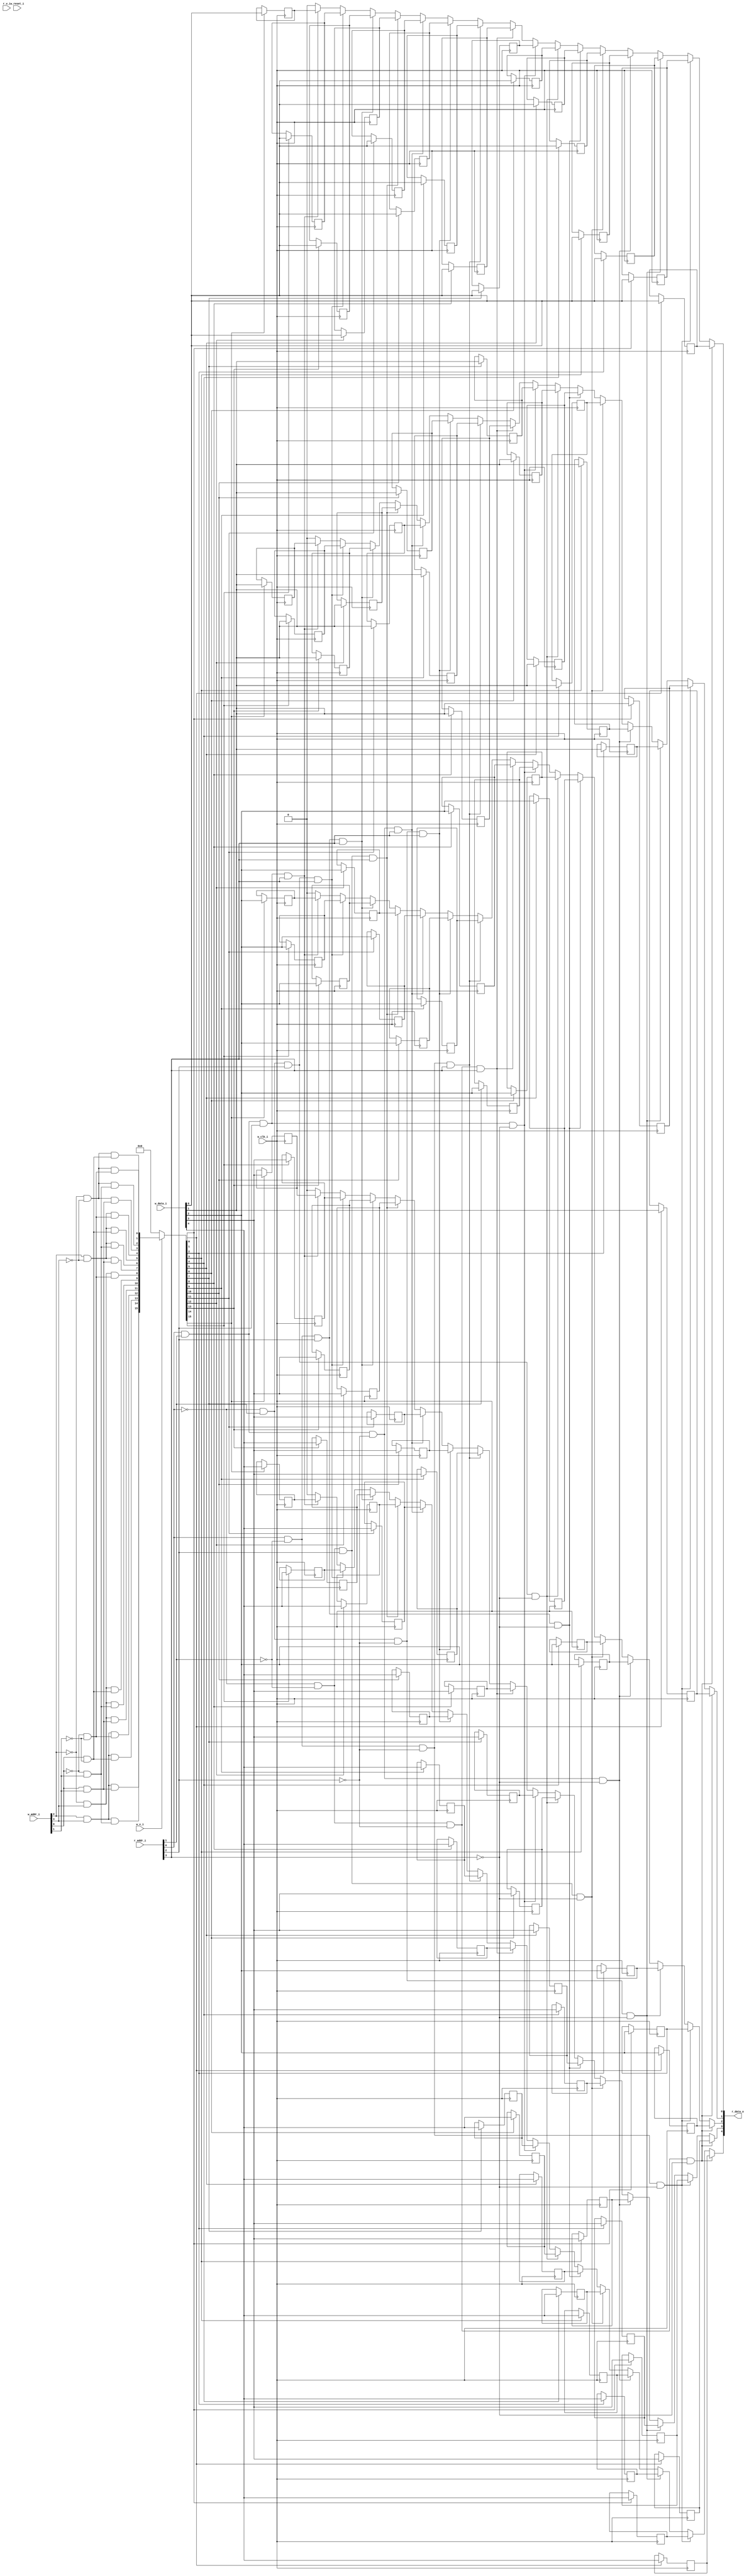
module bsg_mem_1r1w_synth_width_p5_els_p16_read_write_same_addr_p0_harden_p0
(
  w_clk_i,
  w_reset_i,
  w_v_i,
  w_addr_i,
  w_data_i,
  r_v_i,
  r_addr_i,
  r_data_o
);

  input [3:0] w_addr_i;
  input [4:0] w_data_i;
  input [3:0] r_addr_i;
  output [4:0] r_data_o;
  input w_clk_i;
  input w_reset_i;
  input w_v_i;
  input r_v_i;
  wire [4:0] r_data_o;
  wire N0,N1,N2,N3,N4,N5,N6,N7,N8,N9,N10,N11,N12,N13,N14,N15,N16,N17,N18,N19,N20,N21,
  N22,N23,N24,N25,N26,N27,N28,N29,N30,N31,N32,N33,N34,N35,N36,N37,N38,N39,N40,N41,
  N42,N43,N44,N45,N46,N47,N48,N49,N50,N51,N52,N53,N54,N55,N56,N57,N58,N59,N60,N61,
  N62,N63,N64,N65,N66,N67,N68,N69,N70,N71,N72,N73,N74,N75,N76,N77,N78,N79,N80,N81,
  N82;
  wire [79:0] mem;
  reg mem_79_sv2v_reg,mem_78_sv2v_reg,mem_77_sv2v_reg,mem_76_sv2v_reg,mem_75_sv2v_reg,
  mem_74_sv2v_reg,mem_73_sv2v_reg,mem_72_sv2v_reg,mem_71_sv2v_reg,mem_70_sv2v_reg,
  mem_69_sv2v_reg,mem_68_sv2v_reg,mem_67_sv2v_reg,mem_66_sv2v_reg,mem_65_sv2v_reg,
  mem_64_sv2v_reg,mem_63_sv2v_reg,mem_62_sv2v_reg,mem_61_sv2v_reg,mem_60_sv2v_reg,
  mem_59_sv2v_reg,mem_58_sv2v_reg,mem_57_sv2v_reg,mem_56_sv2v_reg,mem_55_sv2v_reg,
  mem_54_sv2v_reg,mem_53_sv2v_reg,mem_52_sv2v_reg,mem_51_sv2v_reg,mem_50_sv2v_reg,
  mem_49_sv2v_reg,mem_48_sv2v_reg,mem_47_sv2v_reg,mem_46_sv2v_reg,mem_45_sv2v_reg,
  mem_44_sv2v_reg,mem_43_sv2v_reg,mem_42_sv2v_reg,mem_41_sv2v_reg,mem_40_sv2v_reg,
  mem_39_sv2v_reg,mem_38_sv2v_reg,mem_37_sv2v_reg,mem_36_sv2v_reg,mem_35_sv2v_reg,
  mem_34_sv2v_reg,mem_33_sv2v_reg,mem_32_sv2v_reg,mem_31_sv2v_reg,mem_30_sv2v_reg,
  mem_29_sv2v_reg,mem_28_sv2v_reg,mem_27_sv2v_reg,mem_26_sv2v_reg,mem_25_sv2v_reg,
  mem_24_sv2v_reg,mem_23_sv2v_reg,mem_22_sv2v_reg,mem_21_sv2v_reg,mem_20_sv2v_reg,
  mem_19_sv2v_reg,mem_18_sv2v_reg,mem_17_sv2v_reg,mem_16_sv2v_reg,mem_15_sv2v_reg,
  mem_14_sv2v_reg,mem_13_sv2v_reg,mem_12_sv2v_reg,mem_11_sv2v_reg,mem_10_sv2v_reg,
  mem_9_sv2v_reg,mem_8_sv2v_reg,mem_7_sv2v_reg,mem_6_sv2v_reg,mem_5_sv2v_reg,
  mem_4_sv2v_reg,mem_3_sv2v_reg,mem_2_sv2v_reg,mem_1_sv2v_reg,mem_0_sv2v_reg;
  assign mem[79] = mem_79_sv2v_reg;
  assign mem[78] = mem_78_sv2v_reg;
  assign mem[77] = mem_77_sv2v_reg;
  assign mem[76] = mem_76_sv2v_reg;
  assign mem[75] = mem_75_sv2v_reg;
  assign mem[74] = mem_74_sv2v_reg;
  assign mem[73] = mem_73_sv2v_reg;
  assign mem[72] = mem_72_sv2v_reg;
  assign mem[71] = mem_71_sv2v_reg;
  assign mem[70] = mem_70_sv2v_reg;
  assign mem[69] = mem_69_sv2v_reg;
  assign mem[68] = mem_68_sv2v_reg;
  assign mem[67] = mem_67_sv2v_reg;
  assign mem[66] = mem_66_sv2v_reg;
  assign mem[65] = mem_65_sv2v_reg;
  assign mem[64] = mem_64_sv2v_reg;
  assign mem[63] = mem_63_sv2v_reg;
  assign mem[62] = mem_62_sv2v_reg;
  assign mem[61] = mem_61_sv2v_reg;
  assign mem[60] = mem_60_sv2v_reg;
  assign mem[59] = mem_59_sv2v_reg;
  assign mem[58] = mem_58_sv2v_reg;
  assign mem[57] = mem_57_sv2v_reg;
  assign mem[56] = mem_56_sv2v_reg;
  assign mem[55] = mem_55_sv2v_reg;
  assign mem[54] = mem_54_sv2v_reg;
  assign mem[53] = mem_53_sv2v_reg;
  assign mem[52] = mem_52_sv2v_reg;
  assign mem[51] = mem_51_sv2v_reg;
  assign mem[50] = mem_50_sv2v_reg;
  assign mem[49] = mem_49_sv2v_reg;
  assign mem[48] = mem_48_sv2v_reg;
  assign mem[47] = mem_47_sv2v_reg;
  assign mem[46] = mem_46_sv2v_reg;
  assign mem[45] = mem_45_sv2v_reg;
  assign mem[44] = mem_44_sv2v_reg;
  assign mem[43] = mem_43_sv2v_reg;
  assign mem[42] = mem_42_sv2v_reg;
  assign mem[41] = mem_41_sv2v_reg;
  assign mem[40] = mem_40_sv2v_reg;
  assign mem[39] = mem_39_sv2v_reg;
  assign mem[38] = mem_38_sv2v_reg;
  assign mem[37] = mem_37_sv2v_reg;
  assign mem[36] = mem_36_sv2v_reg;
  assign mem[35] = mem_35_sv2v_reg;
  assign mem[34] = mem_34_sv2v_reg;
  assign mem[33] = mem_33_sv2v_reg;
  assign mem[32] = mem_32_sv2v_reg;
  assign mem[31] = mem_31_sv2v_reg;
  assign mem[30] = mem_30_sv2v_reg;
  assign mem[29] = mem_29_sv2v_reg;
  assign mem[28] = mem_28_sv2v_reg;
  assign mem[27] = mem_27_sv2v_reg;
  assign mem[26] = mem_26_sv2v_reg;
  assign mem[25] = mem_25_sv2v_reg;
  assign mem[24] = mem_24_sv2v_reg;
  assign mem[23] = mem_23_sv2v_reg;
  assign mem[22] = mem_22_sv2v_reg;
  assign mem[21] = mem_21_sv2v_reg;
  assign mem[20] = mem_20_sv2v_reg;
  assign mem[19] = mem_19_sv2v_reg;
  assign mem[18] = mem_18_sv2v_reg;
  assign mem[17] = mem_17_sv2v_reg;
  assign mem[16] = mem_16_sv2v_reg;
  assign mem[15] = mem_15_sv2v_reg;
  assign mem[14] = mem_14_sv2v_reg;
  assign mem[13] = mem_13_sv2v_reg;
  assign mem[12] = mem_12_sv2v_reg;
  assign mem[11] = mem_11_sv2v_reg;
  assign mem[10] = mem_10_sv2v_reg;
  assign mem[9] = mem_9_sv2v_reg;
  assign mem[8] = mem_8_sv2v_reg;
  assign mem[7] = mem_7_sv2v_reg;
  assign mem[6] = mem_6_sv2v_reg;
  assign mem[5] = mem_5_sv2v_reg;
  assign mem[4] = mem_4_sv2v_reg;
  assign mem[3] = mem_3_sv2v_reg;
  assign mem[2] = mem_2_sv2v_reg;
  assign mem[1] = mem_1_sv2v_reg;
  assign mem[0] = mem_0_sv2v_reg;
  assign r_data_o[4] = (N26)? mem[4] : 
                       (N28)? mem[9] : 
                       (N30)? mem[14] : 
                       (N32)? mem[19] : 
                       (N34)? mem[24] : 
                       (N36)? mem[29] : 
                       (N38)? mem[34] : 
                       (N40)? mem[39] : 
                       (N27)? mem[44] : 
                       (N29)? mem[49] : 
                       (N31)? mem[54] : 
                       (N33)? mem[59] : 
                       (N35)? mem[64] : 
                       (N37)? mem[69] : 
                       (N39)? mem[74] : 
                       (N41)? mem[79] : 1'b0;
  assign r_data_o[3] = (N26)? mem[3] : 
                       (N28)? mem[8] : 
                       (N30)? mem[13] : 
                       (N32)? mem[18] : 
                       (N34)? mem[23] : 
                       (N36)? mem[28] : 
                       (N38)? mem[33] : 
                       (N40)? mem[38] : 
                       (N27)? mem[43] : 
                       (N29)? mem[48] : 
                       (N31)? mem[53] : 
                       (N33)? mem[58] : 
                       (N35)? mem[63] : 
                       (N37)? mem[68] : 
                       (N39)? mem[73] : 
                       (N41)? mem[78] : 1'b0;
  assign r_data_o[2] = (N26)? mem[2] : 
                       (N28)? mem[7] : 
                       (N30)? mem[12] : 
                       (N32)? mem[17] : 
                       (N34)? mem[22] : 
                       (N36)? mem[27] : 
                       (N38)? mem[32] : 
                       (N40)? mem[37] : 
                       (N27)? mem[42] : 
                       (N29)? mem[47] : 
                       (N31)? mem[52] : 
                       (N33)? mem[57] : 
                       (N35)? mem[62] : 
                       (N37)? mem[67] : 
                       (N39)? mem[72] : 
                       (N41)? mem[77] : 1'b0;
  assign r_data_o[1] = (N26)? mem[1] : 
                       (N28)? mem[6] : 
                       (N30)? mem[11] : 
                       (N32)? mem[16] : 
                       (N34)? mem[21] : 
                       (N36)? mem[26] : 
                       (N38)? mem[31] : 
                       (N40)? mem[36] : 
                       (N27)? mem[41] : 
                       (N29)? mem[46] : 
                       (N31)? mem[51] : 
                       (N33)? mem[56] : 
                       (N35)? mem[61] : 
                       (N37)? mem[66] : 
                       (N39)? mem[71] : 
                       (N41)? mem[76] : 1'b0;
  assign r_data_o[0] = (N26)? mem[0] : 
                       (N28)? mem[5] : 
                       (N30)? mem[10] : 
                       (N32)? mem[15] : 
                       (N34)? mem[20] : 
                       (N36)? mem[25] : 
                       (N38)? mem[30] : 
                       (N40)? mem[35] : 
                       (N27)? mem[40] : 
                       (N29)? mem[45] : 
                       (N31)? mem[50] : 
                       (N33)? mem[55] : 
                       (N35)? mem[60] : 
                       (N37)? mem[65] : 
                       (N39)? mem[70] : 
                       (N41)? mem[75] : 1'b0;

  always @(posedge w_clk_i) begin
    if(N74) begin
      mem_79_sv2v_reg <= w_data_i[4];
    end 
  end


  always @(posedge w_clk_i) begin
    if(N74) begin
      mem_78_sv2v_reg <= w_data_i[3];
    end 
  end


  always @(posedge w_clk_i) begin
    if(N74) begin
      mem_77_sv2v_reg <= w_data_i[2];
    end 
  end


  always @(posedge w_clk_i) begin
    if(N74) begin
      mem_76_sv2v_reg <= w_data_i[1];
    end 
  end


  always @(posedge w_clk_i) begin
    if(N74) begin
      mem_75_sv2v_reg <= w_data_i[0];
    end 
  end


  always @(posedge w_clk_i) begin
    if(N73) begin
      mem_74_sv2v_reg <= w_data_i[4];
    end 
  end


  always @(posedge w_clk_i) begin
    if(N73) begin
      mem_73_sv2v_reg <= w_data_i[3];
    end 
  end


  always @(posedge w_clk_i) begin
    if(N73) begin
      mem_72_sv2v_reg <= w_data_i[2];
    end 
  end


  always @(posedge w_clk_i) begin
    if(N73) begin
      mem_71_sv2v_reg <= w_data_i[1];
    end 
  end


  always @(posedge w_clk_i) begin
    if(N73) begin
      mem_70_sv2v_reg <= w_data_i[0];
    end 
  end


  always @(posedge w_clk_i) begin
    if(N72) begin
      mem_69_sv2v_reg <= w_data_i[4];
    end 
  end


  always @(posedge w_clk_i) begin
    if(N72) begin
      mem_68_sv2v_reg <= w_data_i[3];
    end 
  end


  always @(posedge w_clk_i) begin
    if(N72) begin
      mem_67_sv2v_reg <= w_data_i[2];
    end 
  end


  always @(posedge w_clk_i) begin
    if(N72) begin
      mem_66_sv2v_reg <= w_data_i[1];
    end 
  end


  always @(posedge w_clk_i) begin
    if(N72) begin
      mem_65_sv2v_reg <= w_data_i[0];
    end 
  end


  always @(posedge w_clk_i) begin
    if(N71) begin
      mem_64_sv2v_reg <= w_data_i[4];
    end 
  end


  always @(posedge w_clk_i) begin
    if(N71) begin
      mem_63_sv2v_reg <= w_data_i[3];
    end 
  end


  always @(posedge w_clk_i) begin
    if(N71) begin
      mem_62_sv2v_reg <= w_data_i[2];
    end 
  end


  always @(posedge w_clk_i) begin
    if(N71) begin
      mem_61_sv2v_reg <= w_data_i[1];
    end 
  end


  always @(posedge w_clk_i) begin
    if(N71) begin
      mem_60_sv2v_reg <= w_data_i[0];
    end 
  end


  always @(posedge w_clk_i) begin
    if(N70) begin
      mem_59_sv2v_reg <= w_data_i[4];
    end 
  end


  always @(posedge w_clk_i) begin
    if(N70) begin
      mem_58_sv2v_reg <= w_data_i[3];
    end 
  end


  always @(posedge w_clk_i) begin
    if(N70) begin
      mem_57_sv2v_reg <= w_data_i[2];
    end 
  end


  always @(posedge w_clk_i) begin
    if(N70) begin
      mem_56_sv2v_reg <= w_data_i[1];
    end 
  end


  always @(posedge w_clk_i) begin
    if(N70) begin
      mem_55_sv2v_reg <= w_data_i[0];
    end 
  end


  always @(posedge w_clk_i) begin
    if(N69) begin
      mem_54_sv2v_reg <= w_data_i[4];
    end 
  end


  always @(posedge w_clk_i) begin
    if(N69) begin
      mem_53_sv2v_reg <= w_data_i[3];
    end 
  end


  always @(posedge w_clk_i) begin
    if(N69) begin
      mem_52_sv2v_reg <= w_data_i[2];
    end 
  end


  always @(posedge w_clk_i) begin
    if(N69) begin
      mem_51_sv2v_reg <= w_data_i[1];
    end 
  end


  always @(posedge w_clk_i) begin
    if(N69) begin
      mem_50_sv2v_reg <= w_data_i[0];
    end 
  end


  always @(posedge w_clk_i) begin
    if(N68) begin
      mem_49_sv2v_reg <= w_data_i[4];
    end 
  end


  always @(posedge w_clk_i) begin
    if(N68) begin
      mem_48_sv2v_reg <= w_data_i[3];
    end 
  end


  always @(posedge w_clk_i) begin
    if(N68) begin
      mem_47_sv2v_reg <= w_data_i[2];
    end 
  end


  always @(posedge w_clk_i) begin
    if(N68) begin
      mem_46_sv2v_reg <= w_data_i[1];
    end 
  end


  always @(posedge w_clk_i) begin
    if(N68) begin
      mem_45_sv2v_reg <= w_data_i[0];
    end 
  end


  always @(posedge w_clk_i) begin
    if(N67) begin
      mem_44_sv2v_reg <= w_data_i[4];
    end 
  end


  always @(posedge w_clk_i) begin
    if(N67) begin
      mem_43_sv2v_reg <= w_data_i[3];
    end 
  end


  always @(posedge w_clk_i) begin
    if(N67) begin
      mem_42_sv2v_reg <= w_data_i[2];
    end 
  end


  always @(posedge w_clk_i) begin
    if(N67) begin
      mem_41_sv2v_reg <= w_data_i[1];
    end 
  end


  always @(posedge w_clk_i) begin
    if(N67) begin
      mem_40_sv2v_reg <= w_data_i[0];
    end 
  end


  always @(posedge w_clk_i) begin
    if(N66) begin
      mem_39_sv2v_reg <= w_data_i[4];
    end 
  end


  always @(posedge w_clk_i) begin
    if(N66) begin
      mem_38_sv2v_reg <= w_data_i[3];
    end 
  end


  always @(posedge w_clk_i) begin
    if(N66) begin
      mem_37_sv2v_reg <= w_data_i[2];
    end 
  end


  always @(posedge w_clk_i) begin
    if(N66) begin
      mem_36_sv2v_reg <= w_data_i[1];
    end 
  end


  always @(posedge w_clk_i) begin
    if(N66) begin
      mem_35_sv2v_reg <= w_data_i[0];
    end 
  end


  always @(posedge w_clk_i) begin
    if(N65) begin
      mem_34_sv2v_reg <= w_data_i[4];
    end 
  end


  always @(posedge w_clk_i) begin
    if(N65) begin
      mem_33_sv2v_reg <= w_data_i[3];
    end 
  end


  always @(posedge w_clk_i) begin
    if(N65) begin
      mem_32_sv2v_reg <= w_data_i[2];
    end 
  end


  always @(posedge w_clk_i) begin
    if(N65) begin
      mem_31_sv2v_reg <= w_data_i[1];
    end 
  end


  always @(posedge w_clk_i) begin
    if(N65) begin
      mem_30_sv2v_reg <= w_data_i[0];
    end 
  end


  always @(posedge w_clk_i) begin
    if(N64) begin
      mem_29_sv2v_reg <= w_data_i[4];
    end 
  end


  always @(posedge w_clk_i) begin
    if(N64) begin
      mem_28_sv2v_reg <= w_data_i[3];
    end 
  end


  always @(posedge w_clk_i) begin
    if(N64) begin
      mem_27_sv2v_reg <= w_data_i[2];
    end 
  end


  always @(posedge w_clk_i) begin
    if(N64) begin
      mem_26_sv2v_reg <= w_data_i[1];
    end 
  end


  always @(posedge w_clk_i) begin
    if(N64) begin
      mem_25_sv2v_reg <= w_data_i[0];
    end 
  end


  always @(posedge w_clk_i) begin
    if(N63) begin
      mem_24_sv2v_reg <= w_data_i[4];
    end 
  end


  always @(posedge w_clk_i) begin
    if(N63) begin
      mem_23_sv2v_reg <= w_data_i[3];
    end 
  end


  always @(posedge w_clk_i) begin
    if(N63) begin
      mem_22_sv2v_reg <= w_data_i[2];
    end 
  end


  always @(posedge w_clk_i) begin
    if(N63) begin
      mem_21_sv2v_reg <= w_data_i[1];
    end 
  end


  always @(posedge w_clk_i) begin
    if(N63) begin
      mem_20_sv2v_reg <= w_data_i[0];
    end 
  end


  always @(posedge w_clk_i) begin
    if(N62) begin
      mem_19_sv2v_reg <= w_data_i[4];
    end 
  end


  always @(posedge w_clk_i) begin
    if(N62) begin
      mem_18_sv2v_reg <= w_data_i[3];
    end 
  end


  always @(posedge w_clk_i) begin
    if(N62) begin
      mem_17_sv2v_reg <= w_data_i[2];
    end 
  end


  always @(posedge w_clk_i) begin
    if(N62) begin
      mem_16_sv2v_reg <= w_data_i[1];
    end 
  end


  always @(posedge w_clk_i) begin
    if(N62) begin
      mem_15_sv2v_reg <= w_data_i[0];
    end 
  end


  always @(posedge w_clk_i) begin
    if(N61) begin
      mem_14_sv2v_reg <= w_data_i[4];
    end 
  end


  always @(posedge w_clk_i) begin
    if(N61) begin
      mem_13_sv2v_reg <= w_data_i[3];
    end 
  end


  always @(posedge w_clk_i) begin
    if(N61) begin
      mem_12_sv2v_reg <= w_data_i[2];
    end 
  end


  always @(posedge w_clk_i) begin
    if(N61) begin
      mem_11_sv2v_reg <= w_data_i[1];
    end 
  end


  always @(posedge w_clk_i) begin
    if(N61) begin
      mem_10_sv2v_reg <= w_data_i[0];
    end 
  end


  always @(posedge w_clk_i) begin
    if(N60) begin
      mem_9_sv2v_reg <= w_data_i[4];
    end 
  end


  always @(posedge w_clk_i) begin
    if(N60) begin
      mem_8_sv2v_reg <= w_data_i[3];
    end 
  end


  always @(posedge w_clk_i) begin
    if(N60) begin
      mem_7_sv2v_reg <= w_data_i[2];
    end 
  end


  always @(posedge w_clk_i) begin
    if(N60) begin
      mem_6_sv2v_reg <= w_data_i[1];
    end 
  end


  always @(posedge w_clk_i) begin
    if(N60) begin
      mem_5_sv2v_reg <= w_data_i[0];
    end 
  end


  always @(posedge w_clk_i) begin
    if(N59) begin
      mem_4_sv2v_reg <= w_data_i[4];
    end 
  end


  always @(posedge w_clk_i) begin
    if(N59) begin
      mem_3_sv2v_reg <= w_data_i[3];
    end 
  end


  always @(posedge w_clk_i) begin
    if(N59) begin
      mem_2_sv2v_reg <= w_data_i[2];
    end 
  end


  always @(posedge w_clk_i) begin
    if(N59) begin
      mem_1_sv2v_reg <= w_data_i[1];
    end 
  end


  always @(posedge w_clk_i) begin
    if(N59) begin
      mem_0_sv2v_reg <= w_data_i[0];
    end 
  end

  assign N75 = w_addr_i[2] & w_addr_i[3];
  assign N76 = N0 & w_addr_i[3];
  assign N0 = ~w_addr_i[2];
  assign N77 = w_addr_i[2] & N1;
  assign N1 = ~w_addr_i[3];
  assign N78 = N2 & N3;
  assign N2 = ~w_addr_i[2];
  assign N3 = ~w_addr_i[3];
  assign N79 = w_addr_i[0] & w_addr_i[1];
  assign N80 = N4 & w_addr_i[1];
  assign N4 = ~w_addr_i[0];
  assign N81 = w_addr_i[0] & N5;
  assign N5 = ~w_addr_i[1];
  assign N82 = N6 & N7;
  assign N6 = ~w_addr_i[0];
  assign N7 = ~w_addr_i[1];
  assign N58 = N75 & N79;
  assign N57 = N75 & N80;
  assign N56 = N75 & N81;
  assign N55 = N75 & N82;
  assign N54 = N76 & N79;
  assign N53 = N76 & N80;
  assign N52 = N76 & N81;
  assign N51 = N76 & N82;
  assign N50 = N77 & N79;
  assign N49 = N77 & N80;
  assign N48 = N77 & N81;
  assign N47 = N77 & N82;
  assign N46 = N78 & N79;
  assign N45 = N78 & N80;
  assign N44 = N78 & N81;
  assign N43 = N78 & N82;
  assign { N74, N73, N72, N71, N70, N69, N68, N67, N66, N65, N64, N63, N62, N61, N60, N59 } = (N8)? { N58, N57, N56, N55, N54, N53, N52, N51, N50, N49, N48, N47, N46, N45, N44, N43 } : 
                                                                                              (N9)? { 1'b0, 1'b0, 1'b0, 1'b0, 1'b0, 1'b0, 1'b0, 1'b0, 1'b0, 1'b0, 1'b0, 1'b0, 1'b0, 1'b0, 1'b0, 1'b0 } : 1'b0;
  assign N8 = w_v_i;
  assign N9 = N42;
  assign N10 = ~r_addr_i[0];
  assign N11 = ~r_addr_i[1];
  assign N12 = N10 & N11;
  assign N13 = N10 & r_addr_i[1];
  assign N14 = r_addr_i[0] & N11;
  assign N15 = r_addr_i[0] & r_addr_i[1];
  assign N16 = ~r_addr_i[2];
  assign N17 = N12 & N16;
  assign N18 = N12 & r_addr_i[2];
  assign N19 = N14 & N16;
  assign N20 = N14 & r_addr_i[2];
  assign N21 = N13 & N16;
  assign N22 = N13 & r_addr_i[2];
  assign N23 = N15 & N16;
  assign N24 = N15 & r_addr_i[2];
  assign N25 = ~r_addr_i[3];
  assign N26 = N17 & N25;
  assign N27 = N17 & r_addr_i[3];
  assign N28 = N19 & N25;
  assign N29 = N19 & r_addr_i[3];
  assign N30 = N21 & N25;
  assign N31 = N21 & r_addr_i[3];
  assign N32 = N23 & N25;
  assign N33 = N23 & r_addr_i[3];
  assign N34 = N18 & N25;
  assign N35 = N18 & r_addr_i[3];
  assign N36 = N20 & N25;
  assign N37 = N20 & r_addr_i[3];
  assign N38 = N22 & N25;
  assign N39 = N22 & r_addr_i[3];
  assign N40 = N24 & N25;
  assign N41 = N24 & r_addr_i[3];
  assign N42 = ~w_v_i;

endmodule